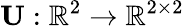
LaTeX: \mathbf{U}:\mathbb{R}^{2}\rightarrow\mathbb{R}^{2\times 2}